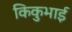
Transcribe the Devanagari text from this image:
किकुभाई